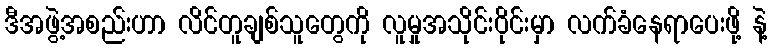
ဒီအဖွဲ့အစည်းဟာ လိင်တူချစ်သူတွေကို လူမှုအသိုင်းဝိုင်းမှာ လက်ခံနေရာပေးဖို့ နဲ့